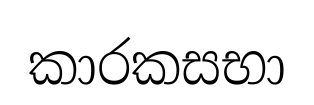
කාරකසභා